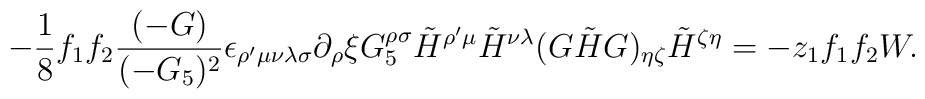
- {1\over 8} f_1 f_2 {(-G)\over (-G_5)^2} \epsilon_{\rho'\mu\nu\lambda\sigma}\partial_\rho \xi G_5^{\rho\sigma} \tilde{H}^{\rho'\mu} \tilde{H}^{\nu\lambda}(G\tilde{H}G)_{\eta\zeta} \tilde{H}^{\zeta\eta}= - z_1 f_1 f_2 W.